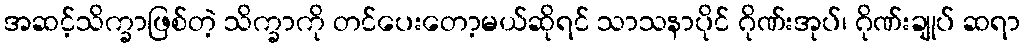
အဆင့်သိက္ခာဖြစ်တဲ့ သိက္ခာကို တင်ပေးတော့မယ်ဆိုရင် သာသနာပိုင် ဂိုဏ်းအုပ်၊ ဂိုဏ်းချုပ် ဆရာ